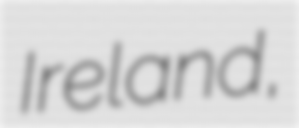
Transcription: Ireland,